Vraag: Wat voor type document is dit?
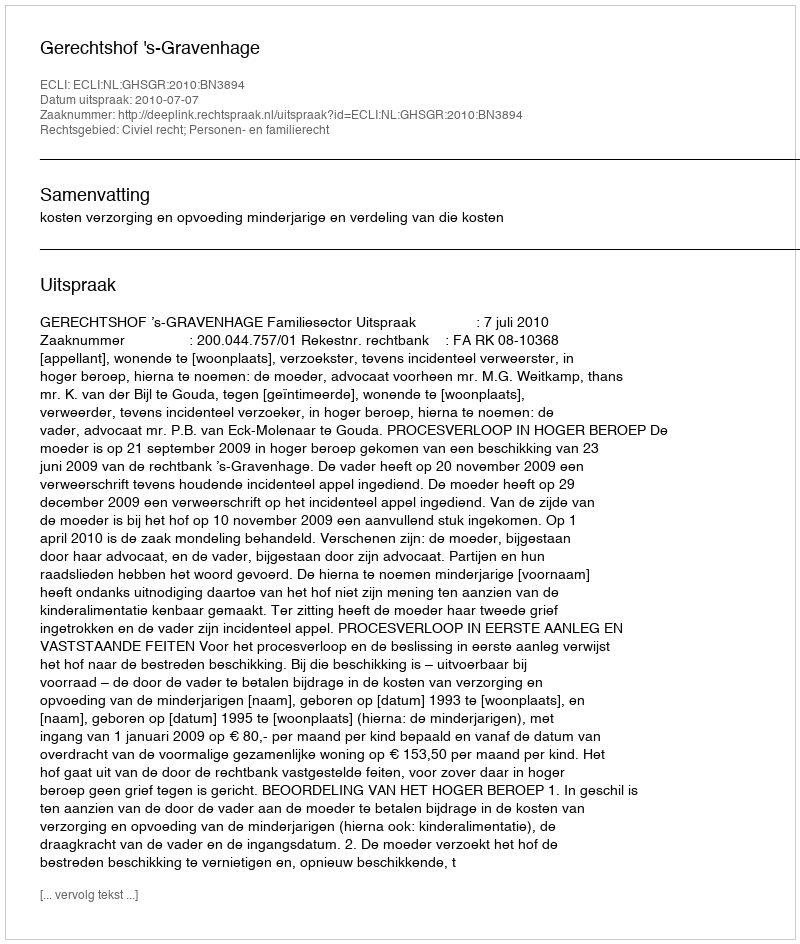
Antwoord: Uitspraak